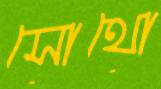
সোথো